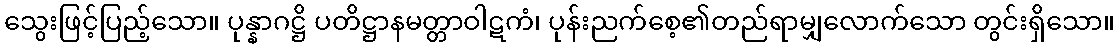
သွေးဖြင့်ပြည့်သော။ ပုန္နာဂဋ္ဌိ ပတိဋ္ဌာနမတ္တာဝါဋကံ၊ ပုန်းညက်စေ့၏တည်ရာမျှလောက်သော တွင်းရှိသော။